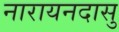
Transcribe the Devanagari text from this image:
नारायनदासु